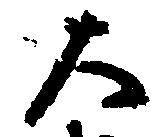
大